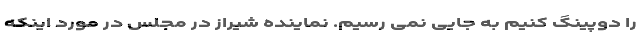
را دوپینگ کنیم به جایی نمی رسیم. نماینده شیراز در مجلس در مورد اینکه